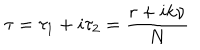
LaTeX: \tau = \tau _ { 1 } + i \tau _ { 2 } = \frac { r + i k \nu } { N }